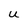
Character: U